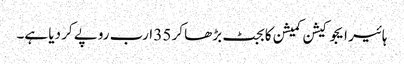
ہائیر ایجوکیشن کمیشن کا بجٹ بڑھا کر 35 ارب روپے کر دیا ہے۔